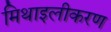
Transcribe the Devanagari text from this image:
मिथाइलीकरण